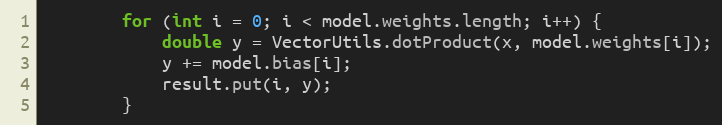
Language: Java
        for (int i = 0; i < model.weights.length; i++) {
            double y = VectorUtils.dotProduct(x, model.weights[i]);
            y += model.bias[i];
            result.put(i, y);
        }